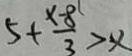
5 + \frac { x - 8 } { 3 } > x